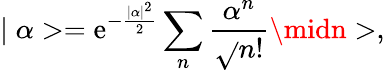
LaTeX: \mid\alpha>=\mathrm{e}^{-\frac{{\mid\alpha\mid^{2}}}{{2}}}\sum_{n}\frac{{\alpha^{n}}}{{\sqrt{}{{n!}}}}\midn>,